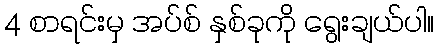
4 စာရင်းမှ အပ်စ် နှစ်ခုကို ရွေးချယ်ပါ။